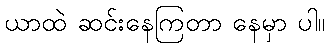
ယာထဲ ဆင်းနေကြတာ နေမှာ ပါ။